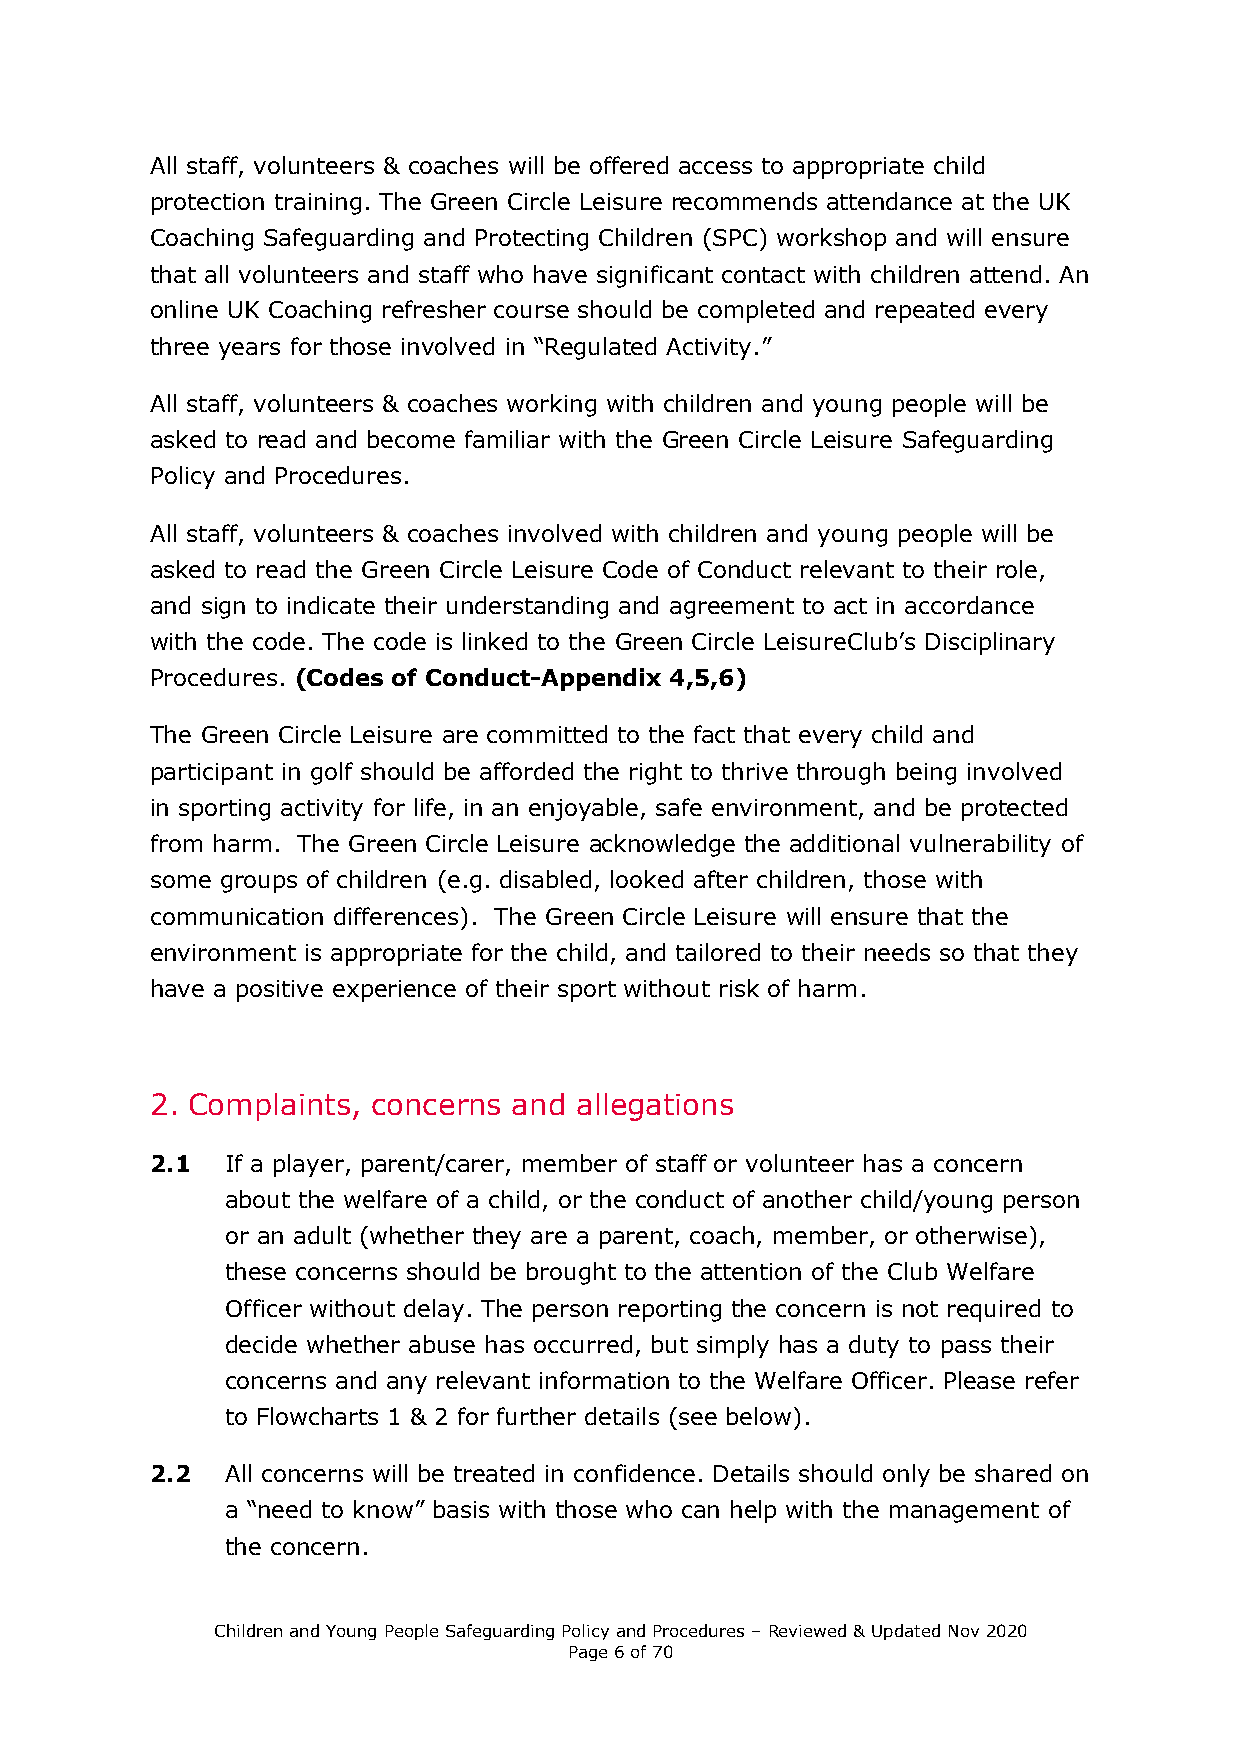
All staff, volunteers & coaches will be offered access to appropriate child
 protection training. The Green Circle Leisure recommends attendance at the UK
 Coaching Safeguarding and Protecting Children (SPC) workshop and will ensure
 that all volunteers and staff who have significant contact with children attend. An
 online UK Coaching refresher course should be completed and repeated every
 three years for those involved in “Regulated Activity.”
 All staff, volunteers & coaches working with children and young people will be
 asked to read and become familiar with the Green Circle Leisure Safeguarding
 Policy and Procedures.
 All staff, volunteers & coaches involved with children and young people will be
 asked to read the Green Circle Leisure Code of Conduct relevant to their role,
 and sign to indicate their understanding and agreement to act in accordance
 with the code. The code is linked to the Green Circle LeisureClub’s Disciplinary
 Procedures. (Codes of Conduct-Appendix 4,5,6)
 The Green Circle Leisure are committed to the fact that every child and
 participant in golf should be afforded the right to thrive through being involved
 in sporting activity for life, in an enjoyable, safe environment, and be protected
 from harm. The Green Circle Leisure acknowledge the additional vulnerability of
 some groups of children (e.g. disabled, looked after children, those with
 communication differences). The Green Circle Leisure will ensure that the
 environment is appropriate for the child, and tailored to their needs so that they
 have a positive experience of their sport without risk of harm.
 2. Complaints, concerns and allegations
 2.1  If a player, parent/carer, member of staff or volunteer has a concern
 about the welfare of a child, or the conduct of another child/young person
 or an adult (whether they are a parent, coach, member, or otherwise),
 these concerns should be brought to the attention of the Club Welfare
 Officer without delay. The person reporting the concern is not required to
 decide whether abuse has occurred, but simply has a duty to pass their
 concerns and any relevant information to the Welfare Officer. Please refer
 to Flowcharts 1 & 2 for further details (see below).
 2.2  All concerns will be treated in confidence. Details should only be shared on
 a “need to know” basis with those who can help with the management of
 the concern.
 Children and Young People Safeguarding Policy and Procedures – Reviewed & Updated Nov 2020
 Page 6 of 70